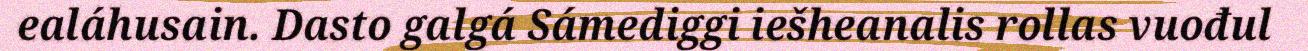
ealáhusain. Dasto galgá Sámediggi iešheanalis rollas vuođul